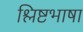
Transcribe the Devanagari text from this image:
श्लिष्टभाषा